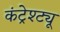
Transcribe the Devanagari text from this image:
कंट्रेश्ट्यू